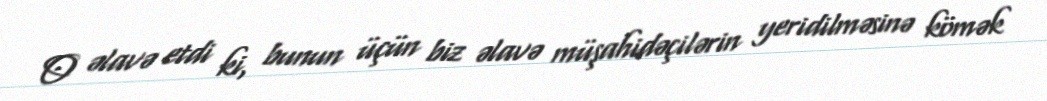
O əlavə etdi ki, bunun üçün biz əlavə müşahidəçilərin yeridilməsinə kömək